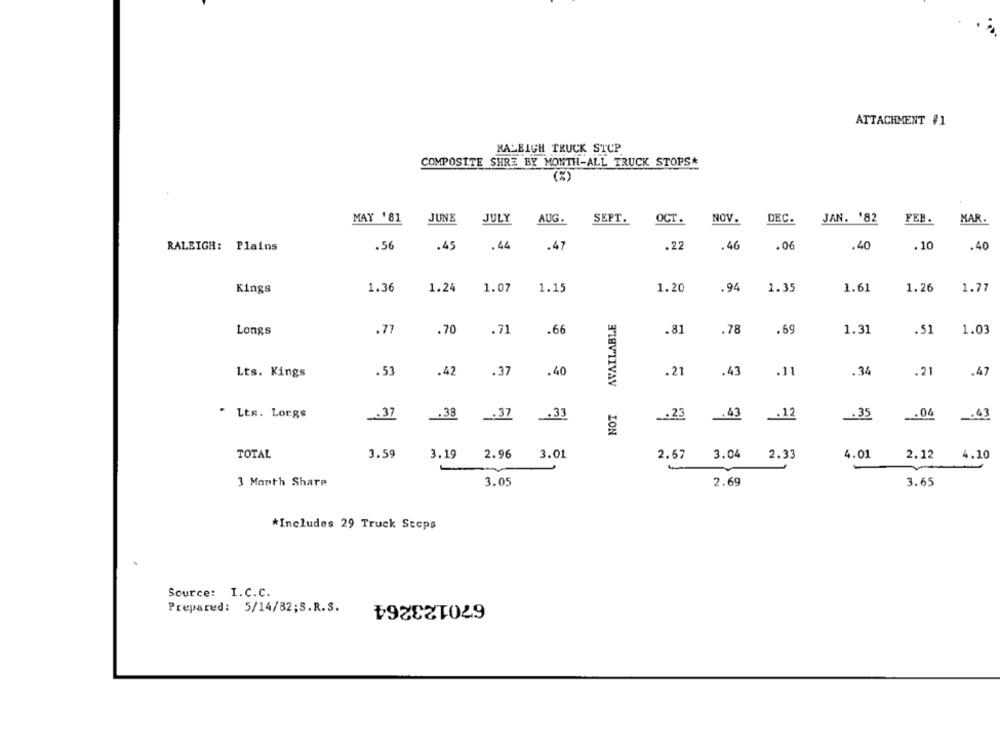
ATTACHMENT #1
RALEIGH TRUCK STCP
COMPOSITE SHRE BY MONTH-ALL TRUCK STOPS
(%)
AUG.
NOV.
FEB.
MAY '81
JUNE
JULY
SEPT.
OCT.
DEC.
JAN. '82
MAR.
RALEIGH: Plains
.56
.45
.44
.47
.22
.46
.06
.40
.10
.40
Kings
1.36
1.24
1.07
1.15
1.20
.94
1.35
1.61
1.26
1.77
AVAILABLE
Longs
.77
.70
.71
.66
.81
.78
.69
1.31
.51
1.03
Lts. Kings
.53
.42
.37
.40
.21
.43
.11
.34
.21
.47
Lts. Longs
.37
.38
_. 37
.33
.23 .43
.12
.35
.04
.63
LON
TOTAL
3.59
3.19
2.96
3.01
2.67 3.04 2.33
4.01
2.12
4.10
3 Month Share
3.05
2.69
3.65
*Includes 29 Truck Secps
Source: I.C.C.
670123264
Prepared: 5/14/82;S.R.S.